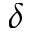
\delta